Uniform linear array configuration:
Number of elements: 4
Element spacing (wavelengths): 0.75
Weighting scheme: blackman
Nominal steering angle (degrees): -30
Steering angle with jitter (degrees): -28.603
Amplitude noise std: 0.05
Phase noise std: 0.05

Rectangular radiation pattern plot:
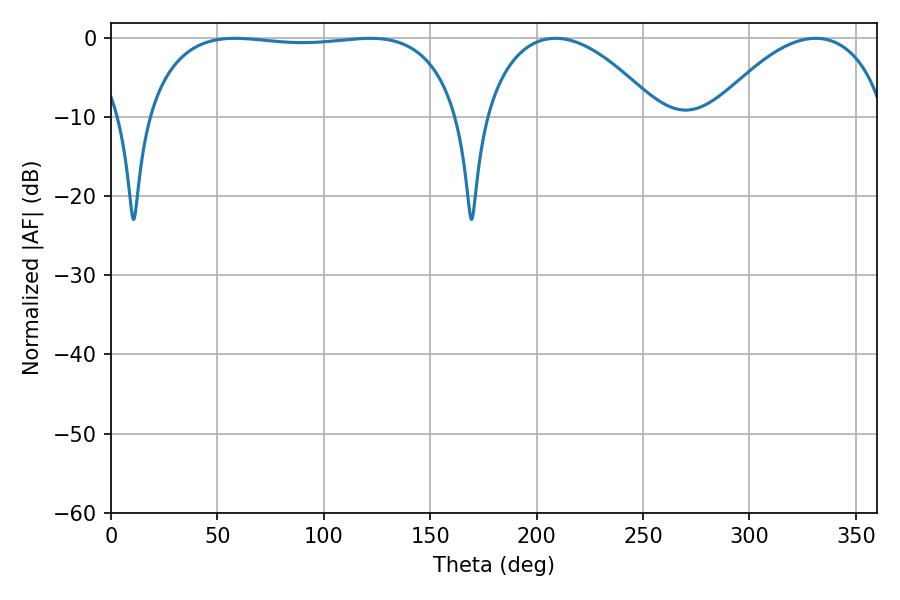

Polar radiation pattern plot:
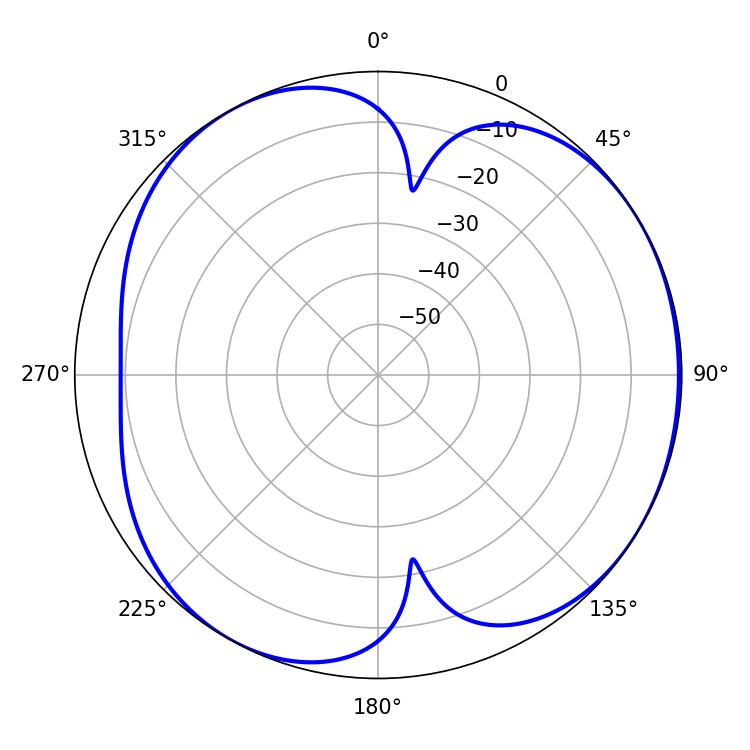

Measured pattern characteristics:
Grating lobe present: TRUE
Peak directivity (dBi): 4.744
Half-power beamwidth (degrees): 117.72
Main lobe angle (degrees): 58.32